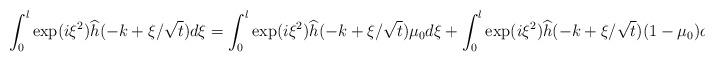
LaTeX: \begin{align*}\int_{0}^{l}\exp(i\xi^2)\widehat h(-k+\xi/\sqrt t)d\xi=\int_{0}^{l}\exp(i\xi^2)\widehat h(-k+\xi/\sqrt t)\mu_0d\xi+\int_{0}^{l}\exp(i\xi^2)\widehat h(-k+\xi/\sqrt t)(1-\mu_0)d\xi\,.\end{align*}